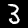
Digit: 3